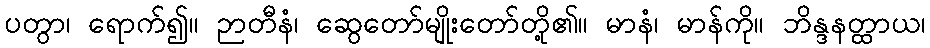
ပတွာ၊ ရောက်၍။ ဉာတီနံ၊ ဆွေတော်မျိုးတော်တို့၏။ မာနံ၊ မာန်ကို။ ဘိန္ဒနတ္ထာယ၊